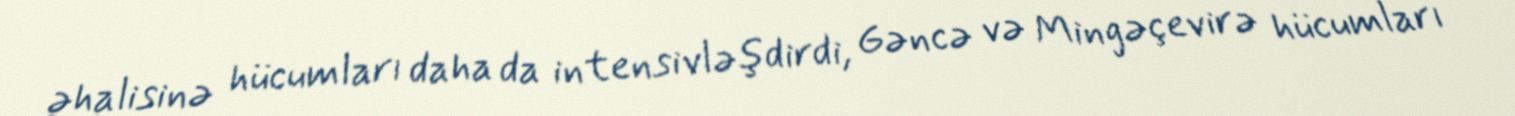
əhalisinə hücumları daha da intensivləşdirdi, Gəncə və Mingəçevirə hücumları